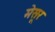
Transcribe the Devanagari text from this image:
मेसूर